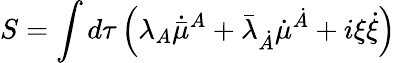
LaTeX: S=\int d\tau\left(\lambda_{A}\dot{\bar{\mu}}^{A}+\bar{\lambda}_{\dot{A}}\dot{{\mu}}^{\dot{A}}+i\xi\dot{\xi}\right)